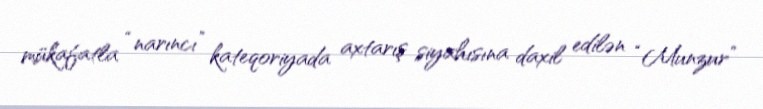
mükafatla “narıncı” kateqoriyada axtarış siyahısına daxil edilən “Munzur”